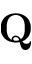
\mathbf Q